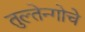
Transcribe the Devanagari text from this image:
तुल्तेन्गोचे